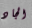
الجاد